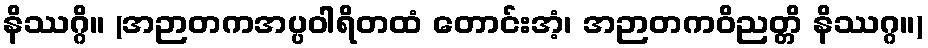
နိဿဂ္ဂိ။ (အဉာတကအပ္ပဝါရိတထံ တောင်းအံ့၊ အဉာတကဝိညတ္တိ နိဿဂ္ဂ။)